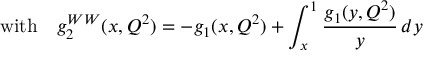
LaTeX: \mathrm { w i t h } \ \ \ g _ { 2 } ^ { W W } ( x , Q ^ { 2 } ) = - g _ { 1 } ( x , Q ^ { 2 } ) + \int _ { x } ^ { 1 } \frac { g _ { 1 } ( y , Q ^ { 2 } ) } { y } \, d y